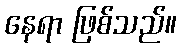
နေရာ ဖြစ်သည်။